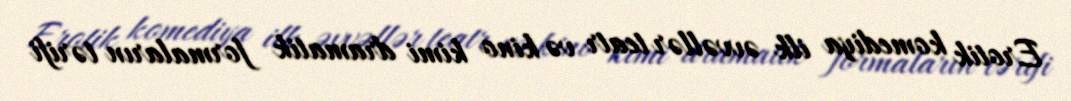
Erotik komediya ilk əvvəllər teatr və kino kimi dramatik formaların tərifi